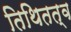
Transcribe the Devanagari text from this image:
तिथितत्व